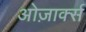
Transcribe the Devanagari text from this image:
ओज़ार्क्स